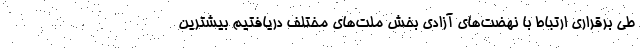
طی برقراری ارتباط با نهضت‌های آزادی بخش ملت‌های مختلف دریافتیم بیشترین